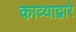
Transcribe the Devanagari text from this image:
काव्याद्वारे